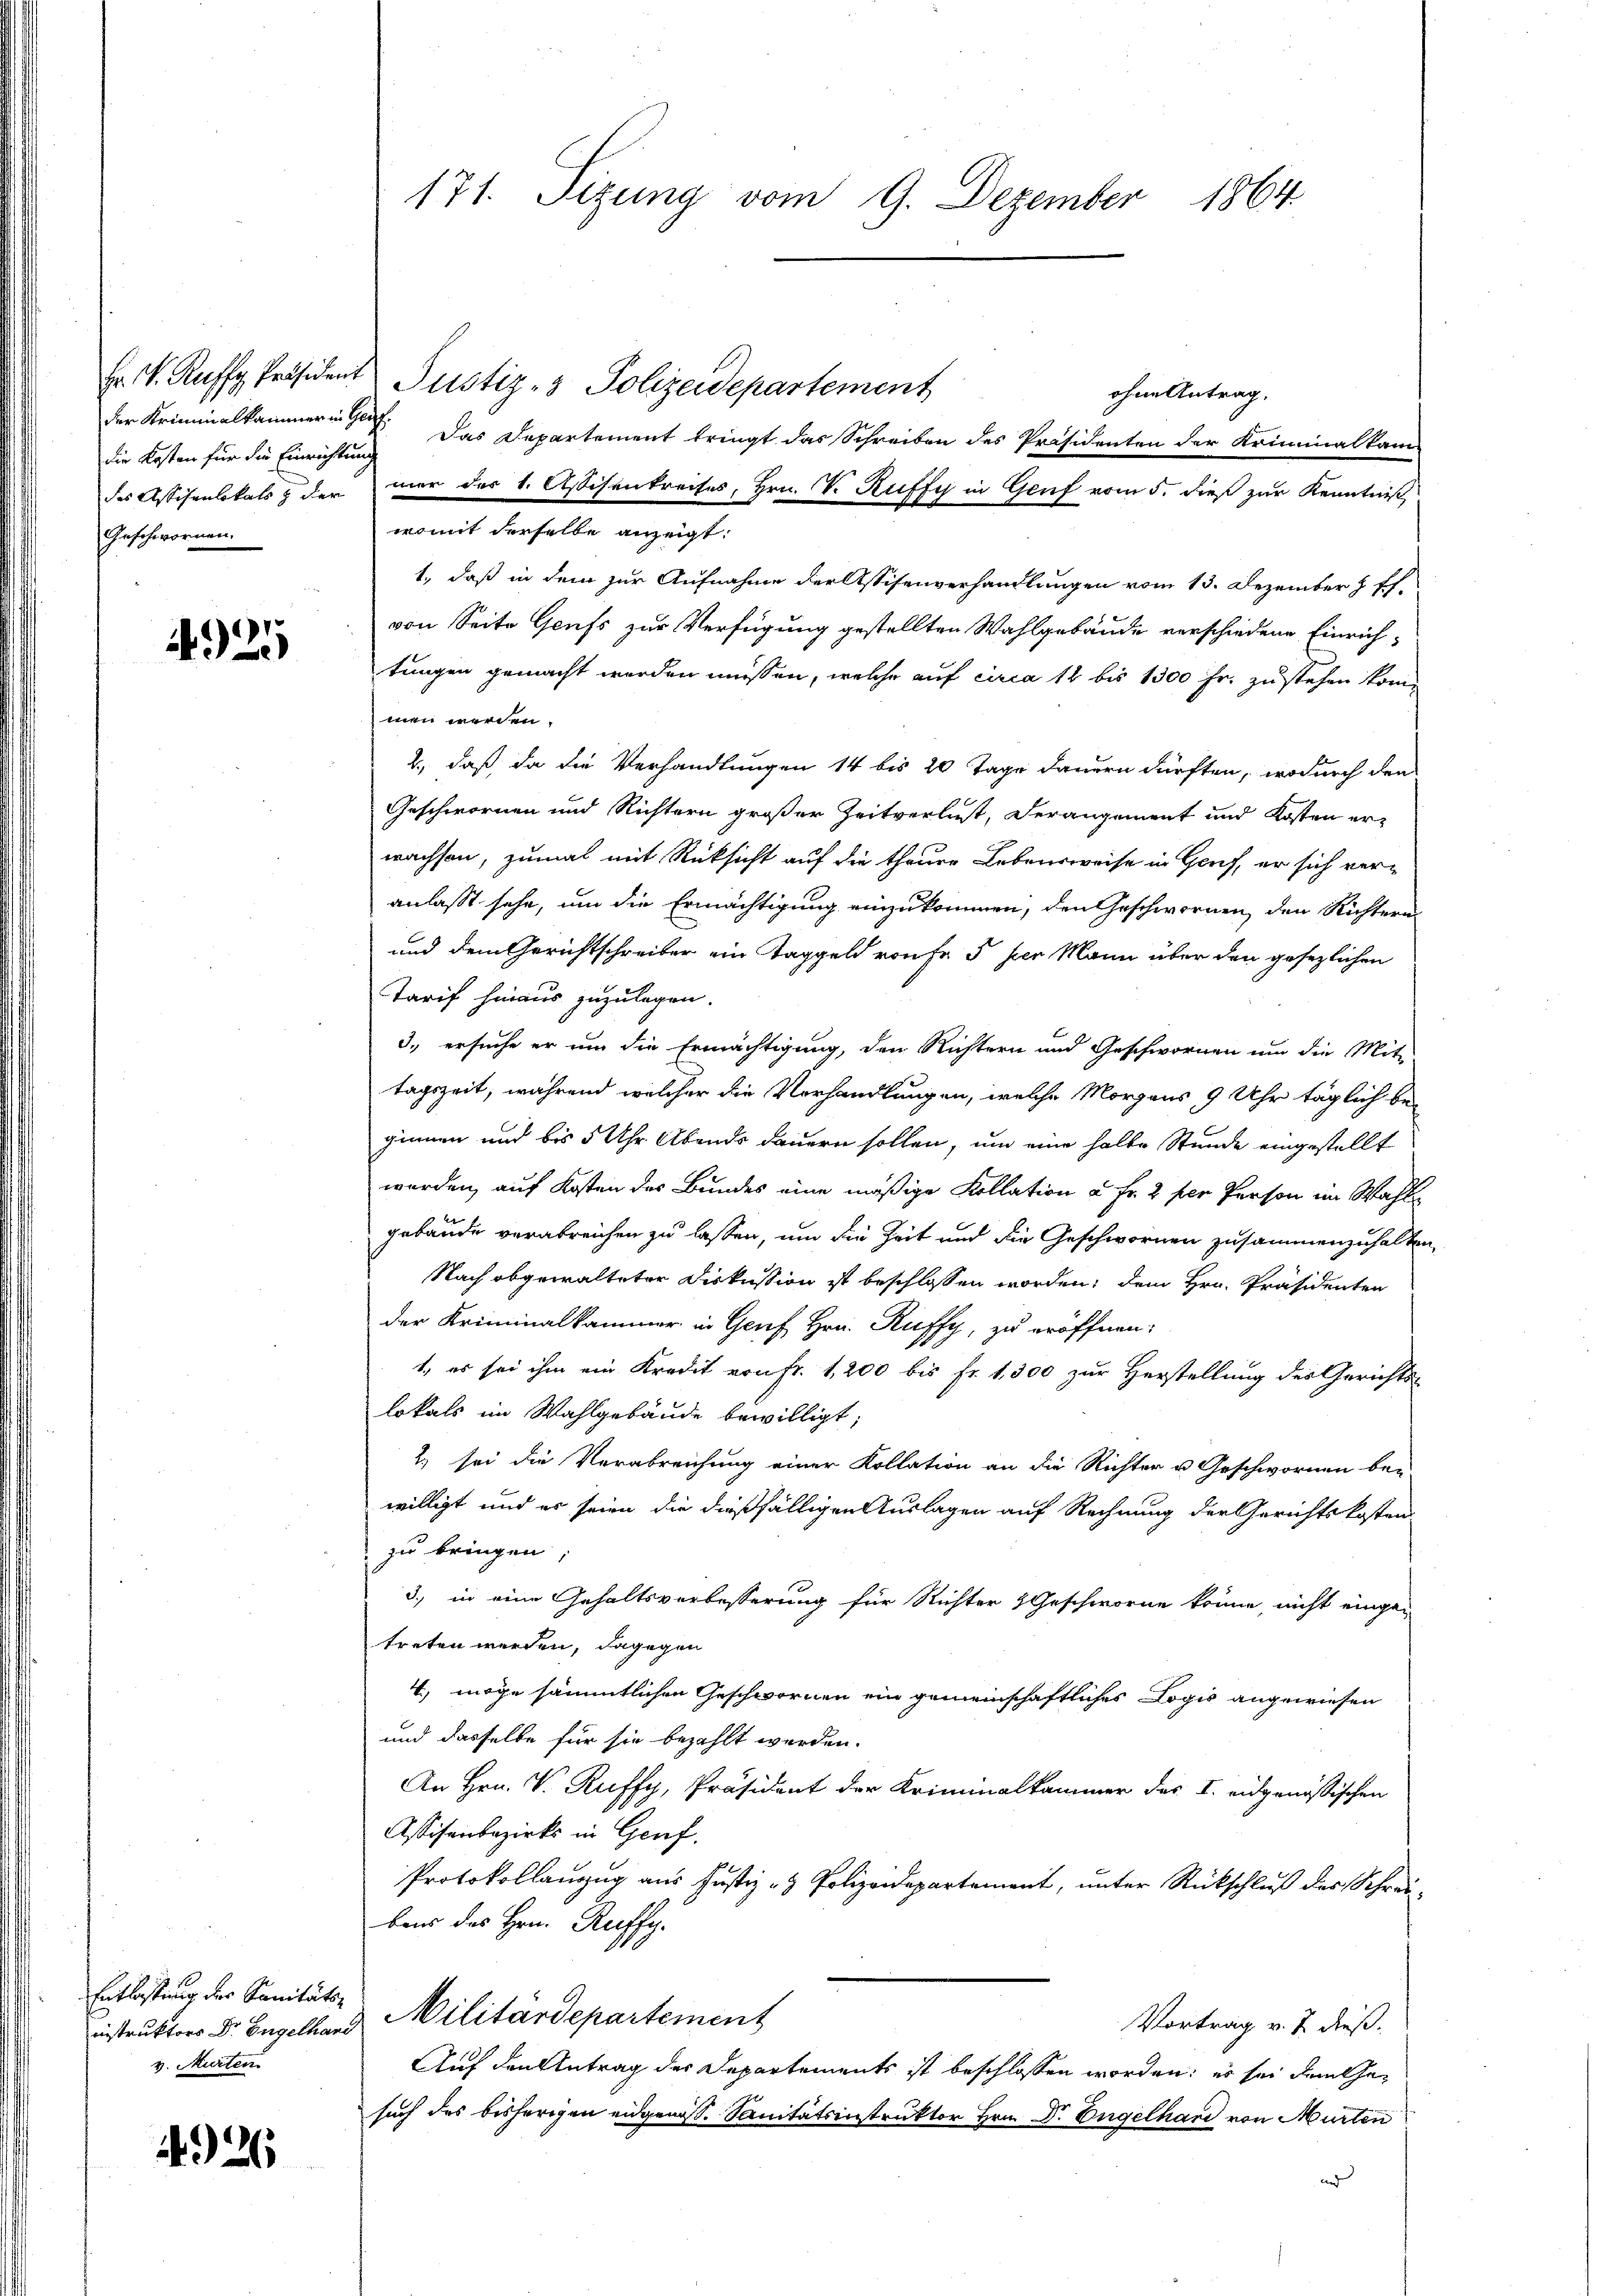
die Kosten für die Einrichtung
Geschwornen.

1925

Entlassung des Sanitätsv. Murten

4926

171. Sizung vom 9. Dezember 1864

Fr. V. Raffy Präsident Justiz- & Polizeidepartement
ohne Antrag.
der Kriminalkammer in Ges. Das Departement bringt das Schreiben des Präsidenten der Kriminalkamdes Assisenlokals & der mer des 1. Assisenkreises, Hrn. V. Ruffy in Graf vom 5. dieß zur Kenntniß,
womit derselbe anzeigt:
1., daß in dem zur Aufnahme der Assisenverhandlungen vom 13. Dezember 8 ff.
von Seite Genfs zur Verfügung gestellten Wahlgebäude verschiedene Einrich-
tungen gemacht werden müssen, welche auf circa 12 bis 1300 Fr. zustehen könn
men werden.
2., daß, da die Verhandlungen 14 bis 20 Tage dauern dürften, wodurch den
Geschwornen und Richtern großer Zeitverlust, verangement und Kosten erwachsen, zumal mit Rücksicht auf die theure Lebensweise in Genf, er sich veranlaßt sehe, um die Ermächtigung einzukommen, den Geschwornen, den Richtern
und dem Gerichtschreiber ein Taggeld von fr 5 per Mann über den gesezlichen
Tarif hinaus zuzulegen.
3., ersuche er um die Ermächtigung, den Richtern und Geschwornen um die Mit-
tagszeit, während welcher die Verhandlungen, welche Morgens 9 Uhr täglich be-
ginnen und bis 5 Uhr Abends dauern sollen, um eine halbe Stunde eingestellt
werden, auf Kosten des Bundes eine mäßige Kollation à Fr. 2 der Person im Wahl
gebäude verabreichen zu lassen, um die Zeit und die Geschwornen zusammenzuhalten,
Nach abgewalteter Diskussion ist beschlossen worden; dem Hrn. Präsidenten
der Kriminalkammer in Genf Hrn. Ruffy, zu eröffnen,
1., es sei ihm ein Kredit von Fr. 1,200 bis Fr. 1,300 zur Herstellung des Gerichts-
lokals im Wahlgebäude bewilligt;
2) sei die Verabreichung einer Kollation an die Richter u. Geschwornen bei
willigt und es seien die dießfälligen Auslagen auf Rechnung der Gerichtskosten
zu bringen,
3., in eine Gehaltsverbesserung für Richter & Geschworne könne, nicht eingetreten werden, dagegen
4, möge sämmtlichen Geschwornen ein gemeinschaftliches Logis angewiesen
und dasselbe für sie bezahlt werden.
An Hrn. V. Ruffy, Präsident der Kriminalkammer des I. eidgenössischen
Assisenbezirks in Genf.
Protokollanzug aus Justiz- & Polizeidepartement, unter Rückschluß des Schreibens des Hrn. Rueffy.
instruktors Dr. Begelhard Militärdepartement
Vortrag v. J. dieß.
Auf den Antrag der Departements ist beschlossen worden; es sei dem Gesuch des bisherigen eidgenoss. Sanitätsinstruktor Hrn. Dr. Engelhard von Murten
und